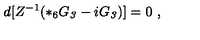
d [ Z ^ { - 1 } ( * _ { 6 } G _ { \it 3 } - i G _ { \it 3 } ) ] = 0 \ ,